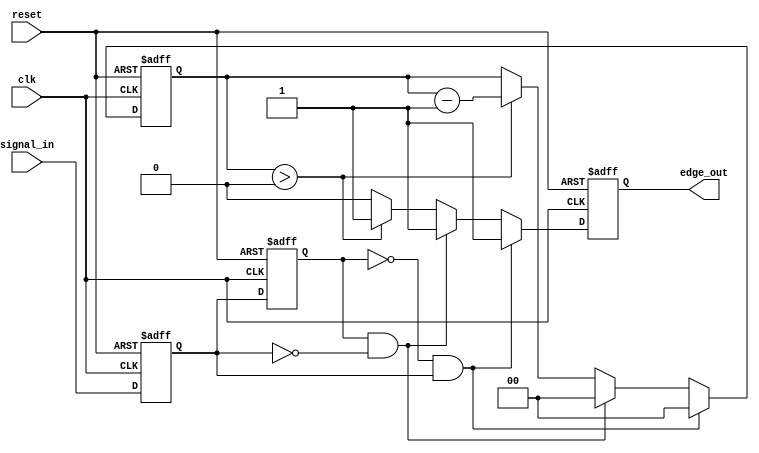
module schmitt_trigger_edge_detector (
    input wire clk,               // Clock input
    input wire reset,             // Asynchronous reset
    input wire signal_in,         // Input signal to detect edges
    output reg edge_out           // Output pulse for edge detection
);

    // Flip-flops to hold the previous and current states of the input signal
    reg signal_prev;              // Previous state flip-flop (PSFF)
    reg signal_curr;              // Current state flip-flop (CSFF)

    // Parameters for edge pulse width
    parameter PULSE_WIDTH = 4;    // Example pulse width (in clock cycles)
    reg [1:0] pulse_counter;       // Counter for pulse width

    // Asynchronous reset and state sampling
    always @(posedge clk or posedge reset) begin
        if (reset) begin
            signal_prev <= 1'b0;    // Initialize previous state to low
            signal_curr <= 1'b0;    // Initialize current state to low
            edge_out <= 1'b0;        // Initialize edge output to low
            pulse_counter <= 2'b00;  // Initialize pulse counter
        end else begin
            // Sample the current state
            signal_prev <= signal_curr; // Store previous state
            signal_curr <= signal_in;    // Update current state

            // Edge detection logic
            if (signal_prev == 1'b0 && signal_curr == 1'b1) begin
                // Rising edge detected
                edge_out <= 1'b1; // Generate pulse for rising edge
                pulse_counter <= PULSE_WIDTH; // Start pulse counter
            end else if (signal_prev == 1'b1 && signal_curr == 1'b0) begin
                // Falling edge detected
                edge_out <= 1'b1; // Generate pulse for falling edge
                pulse_counter <= PULSE_WIDTH; // Start pulse counter
            end else if (pulse_counter > 0) begin
                // Maintain the pulse output for the defined width
                pulse_counter <= pulse_counter - 1;
                edge_out <= 1'b1; // Keep pulse high during the count
            end else begin
                edge_out <= 1'b0; // Reset pulse output
            end
        end
    end

endmodule